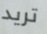
تريد